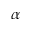
\alpha